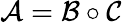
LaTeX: {\mathcal{A}}={\mathcal{B}}\circ{\mathcal{C}}